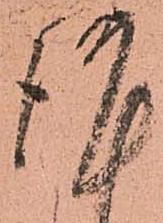
謹